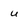
Character: u